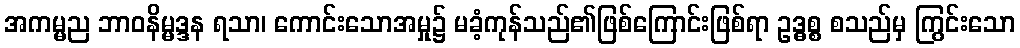
အကမ္မည ဘာဝနိမ္မဒ္ဒန ရသာ၊ ကောင်းသောအမှု၌ မခံ့ကုန်သည်၏ဖြစ်ကြောင်းဖြစ်ရာ ဥဒ္ဓစ္စ စသည်မှ ကြွင်းသော